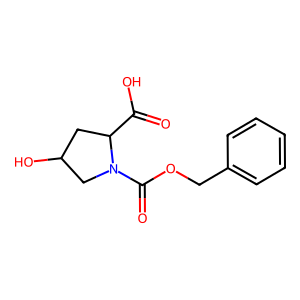
SMILES: O=C(O)C1CC(O)CN1C(=O)OCc1ccccc1
Inhibits HIV replication: No